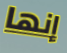
إنها